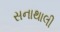
સનાથાલી